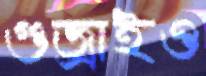
গুজ্‌রাইও